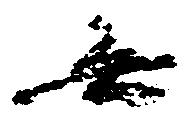
無